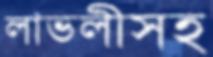
লাভলীসহ